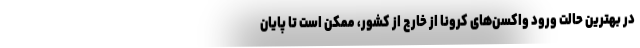
در بهترین حالت ورود واکسن‌های کرونا از خارج از کشور، ممکن است تا پایان